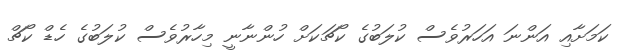
ކަމަށާއި އަންނަ އަހަރުވެސް ކުލަބުގެ ކޯޗަކަށް ހުންނާނީ މިހާރުވެސް ކުލަބުގެ ހެޑް ކޯޗް